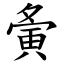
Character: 夤